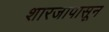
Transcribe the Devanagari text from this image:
शारजापासून